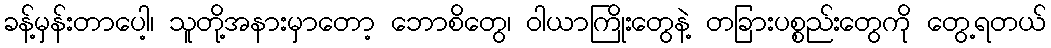
ခန့်မှန်းတာပေါ့၊ သူတို့အနားမှာတော့ ဘောစိတွေ၊ ဝါယာကြိုးတွေနဲ့ တခြားပစ္စည်းတွေကို တွေ့ရတယ်